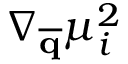
\nabla _ { \overline { { \mathbf { q } } } } \mu _ { i } ^ { 2 }